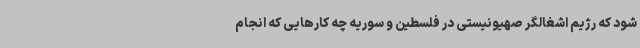
شود که رژیم اشغالگر صهیونیستی در فلسطین و سوریه چه کارهایی که انجام